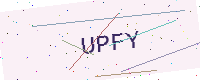
Text: UPFY